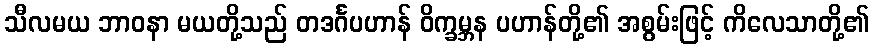
သီလမယ ဘာဝနာ မယတို့သည် တဒင်္ဂပဟာန် ဝိက္ခမ္ဘန ပဟာန်တို့၏ အစွမ်းဖြင့် ကိလေသာတို့၏